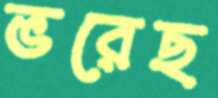
ভরেছ